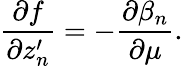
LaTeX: \frac{\partial f}{\partial z_{n}^{\prime}}=-\frac{\partial\beta_{n}}{\partial\mu}.